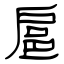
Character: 扈